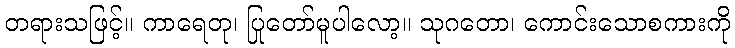
တရားသဖြင့်။ ကာရေတု၊ ပြုတော်မူပါလော့။ သုဂတော၊ ကောင်းသောစကားကို